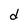
Character: d